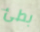
بطئ